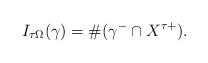
LaTeX: \begin{align*}I_{\tau\Omega}(\gamma)=\#(\gamma^-\cap X^{\tau +}).\end{align*}